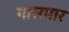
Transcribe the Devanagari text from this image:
गासपार